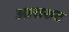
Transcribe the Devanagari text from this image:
आरारुट